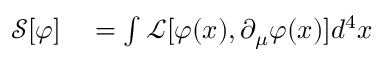
\begin{array} { r l } { { \mathcal { S } } [ \varphi ] } & { { } = \int { \mathcal { L } } [ \varphi ( x ) , \partial _ { \mu } \varphi ( x ) ] d ^ { 4 } x } \end{array}